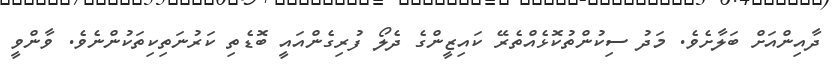
ދާއިންއަށް ބަލާށެވެ. މަދު ސިކުންތުކޮޅެއްތެރޭ ކައިޒީންގެ ދެލޯ ފުރިގެންއައީ ބޮޑެތި ކަރުނަތިކިތަކުންނެވެ. ވާންވީ